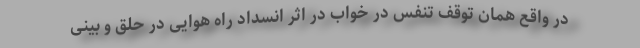
در واقع همان توقف تنفس در خواب در اثر انسداد راه هوایی در حلق و بینی